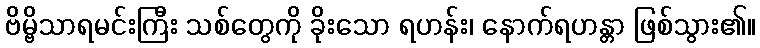
ဗိမ္ဗိသာရမင်းကြီး သစ်တွေကို ခိုးသော ရဟန်း၊ နောက်ရဟန္တာ ဖြစ်သွား၏။